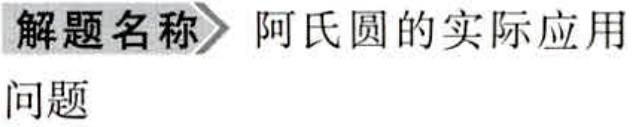
解题名称 阿氏圆的实际应用

问题